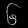
Digit: ၆